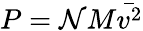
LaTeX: P=\mathcal{N}M{\bar{{v^{2}}}}